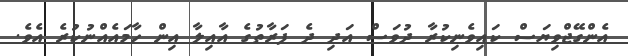
އެންގޭޖްވިޔަސް ކައިވެނިކުރާ ދުވަސް އަދި ދެ ފަރާތުގެ އާއިލާ އިން ހާމައެއްނުކުރެ އެވެ.